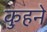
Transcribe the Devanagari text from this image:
कुहने